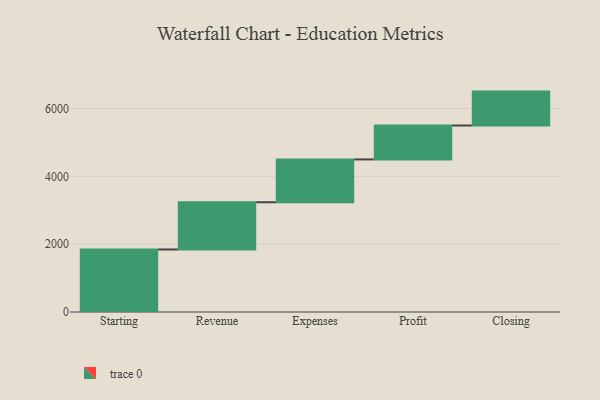
{"axis": {"x": "Step", "y": "Value"}, "legend": [""], "data": [{"x": "Starting", "y": 1844.0, "type": ""}, {"x": "Revenue", "y": 1393.0, "type": ""}, {"x": "Expenses", "y": 1263.0, "type": ""}, {"x": "Profit", "y": 1000.0, "type": ""}, {"x": "Closing", "y": 1000, "type": ""}]}